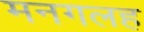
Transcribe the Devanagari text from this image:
मनगलह